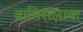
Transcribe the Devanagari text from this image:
ब्रातिसलावा